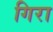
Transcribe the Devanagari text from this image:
गिरा